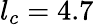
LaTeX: l_{c}=4.7